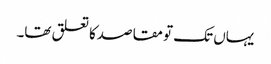
یہاں تک تو مقاصدکا تعلق تھا۔